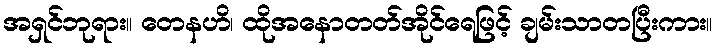
အရှင်ဘုရား။ တေနဟိ၊ ထိုအနောတတ်အိုင်ရေဖြင့် ချမ်းသာတပြီးကား။